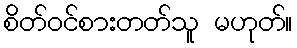
စိတ်ဝင်စားတတ်သူ မဟုတ်။